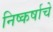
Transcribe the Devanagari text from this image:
निष्कर्षाचे